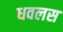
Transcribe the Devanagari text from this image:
धवलस